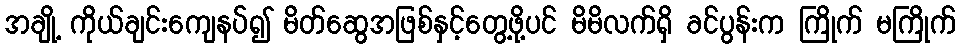
အချို့ ကိုယ်ချင်းကျေနပ်၍ မိတ်ဆွေအဖြစ်နှင့်တွေ့ဖို့ပင် မိမိလက်ရှိ ခင်ပွန်းက ကြိုက် မကြိုက်